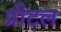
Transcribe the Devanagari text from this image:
प्रीटल